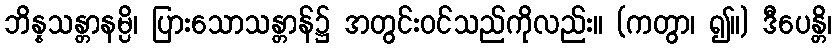
ဘိန္နသန္တာနမ္ပိ၊ ပြားသောသန္တာန်၌ အတွင်းဝင်သည်ကိုလည်း။ (ကတွာ၊ ၍။) ဒီပေန္တိ၊